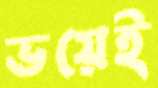
ভয়েই